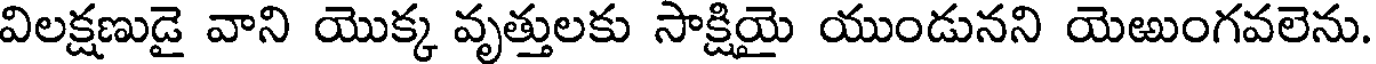
విలక్షణుడై వాని యొక్క వృత్తులకు సాక్షియై యుండునని యెఱుంగవలెను.